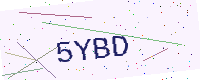
Text: 5YBD